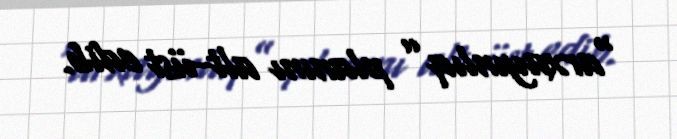
“arxayınlıq” planını alt-üst edib.